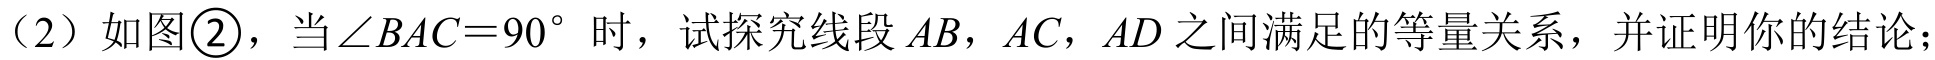
（2）如图\textcircled{2}，当\(\angle BAC = 90^{\circ}\)时，试探究线段\(AB\)，\(AC\)，\(AD\)之间满足的等量关系，并证明你的结论；